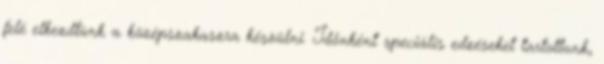
felé elkezdtünk a középszakaszra készülni. Időnként speciális edzéseket tartottunk,